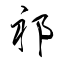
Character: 祁